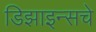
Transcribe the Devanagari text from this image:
डिझाइन्सचे